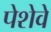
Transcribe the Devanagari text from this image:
पेशेवे